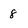
Character: 8